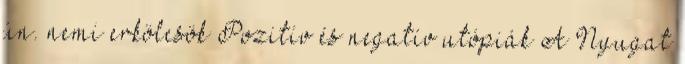
ún. nemi erkölcsök Pozitív és negatív utópiák A Nyugat